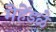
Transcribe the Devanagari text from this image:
मेहेंडळे